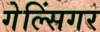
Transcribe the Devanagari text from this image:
गेल्सिंगर